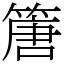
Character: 篖